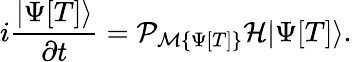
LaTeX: i\frac{|\Psi[T]\rangle}{\partial t}=\mathcal{P}_{\mathcal{M}\{ \Psi[T]\} }\mathcal{H}|\Psi[T]\rangle.